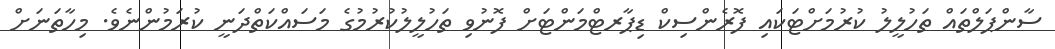
ސާންޕަލްތައް ތަހުލީލު ކުރުމަށްޓަކައި ފޮރެންސިކް ޑިޕާރޓްމަންޓަށް ފޮނުވި ތަހުލީލުކުރުމުގެ މަސައްކަތްދަނީ ކުރަމުންނެވެ. މިހާތަނަށް